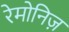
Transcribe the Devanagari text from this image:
रेमोनिज़